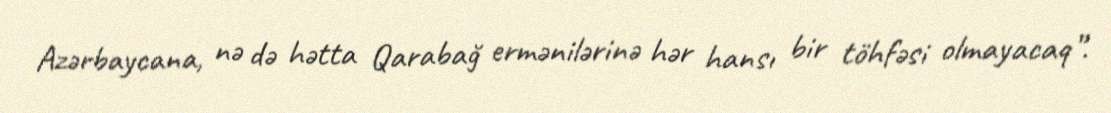
Azərbaycana, nə də hətta Qarabağ ermənilərinə hər hansı bir töhfəsi olmayacaq”.